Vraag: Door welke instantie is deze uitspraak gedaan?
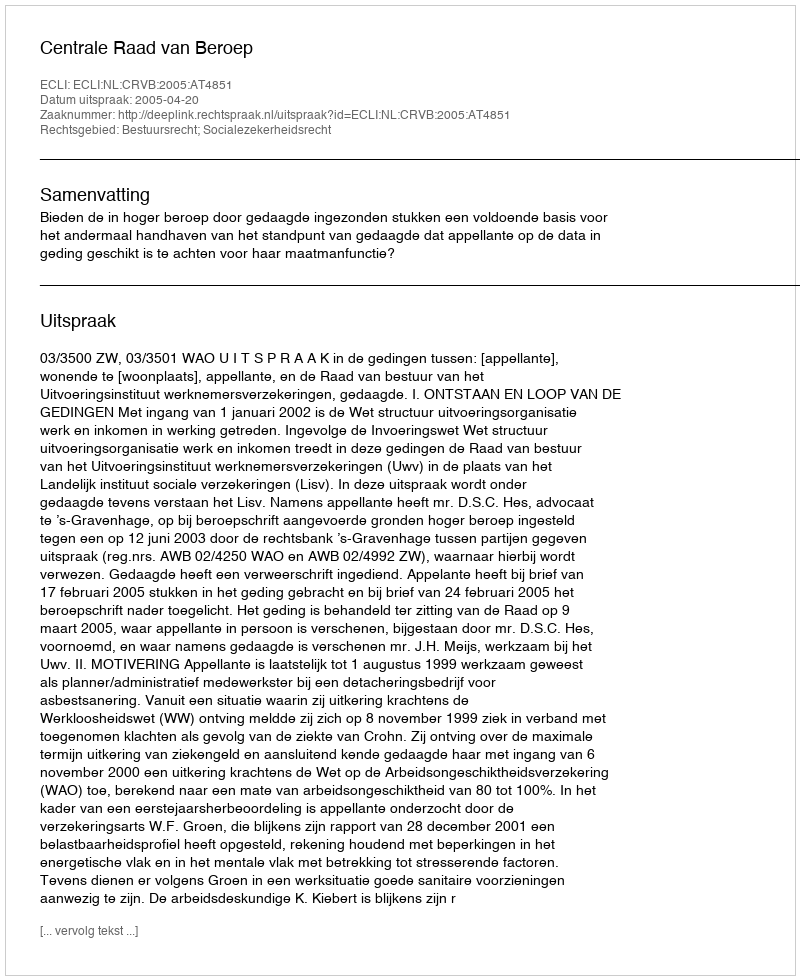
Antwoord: Centrale Raad van Beroep